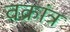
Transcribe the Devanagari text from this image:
वक्रांत्र